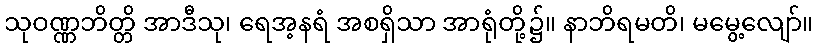
သုဝဏ္ဏဘိတ္တိ အာဒီသု၊ ရေအ့နရံ အစရှိသာ အာရုံတို့၌။ နာဘိရမတိ၊ မမွေ့လျော်။